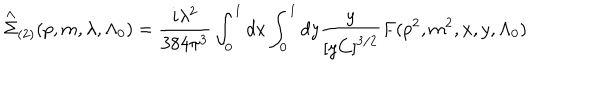
\stackrel { \wedge } { \Sigma } _ { ( 2 ) } ( p , m , \lambda , \Lambda _ { 0 } ) = \frac { i \lambda ^ { 2 } } { 3 8 4 \pi ^ { 3 } } \int _ { 0 } ^ { 1 } d x \int _ { 0 } ^ { 1 } d y \frac y { \left[ y C \right] ^ { 3 / 2 } } F ( p ^ { 2 } , m ^ { 2 } , x , y , \Lambda _ { 0 } )